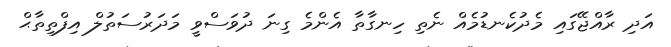
އަދި ރާއްޖޭގައި މެދުކެނޑުމެއް ނެތި ހިނގާތާ އެންމެ ގިނަ ދުވަސްވީ މަދަރުސަތުލް އިފްތިތާޙް